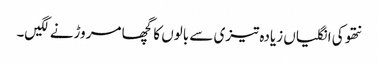
نتھو کی انگلیاں زیادہ تیزی سے بالوں کا گچھا مروڑنے لگیں۔